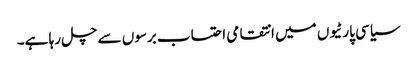
سیاسی پارٹیوں میں انتقامی احتساب برسوں سے چل رہا ہے۔